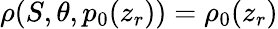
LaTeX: \rho(S,\theta,p_{0}(z_{r}))=\rho_{0}(z_{r})